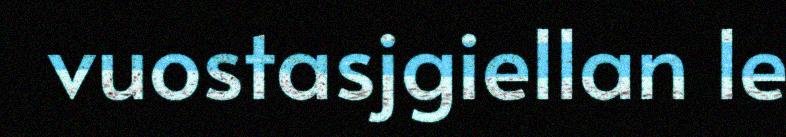
vuostasjgiellan le